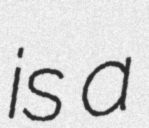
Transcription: is a